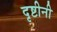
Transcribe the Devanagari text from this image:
दृष्टीनी